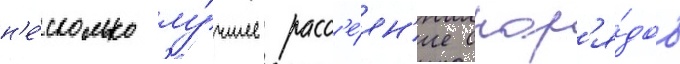
н'е́сколько лу́чшее расс'е́ян'ие снар'я́дов